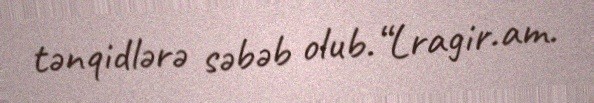
tənqidlərə səbəb olub.“Lragir.am.